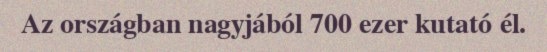
Az országban nagyjából 700 ezer kutató él.